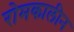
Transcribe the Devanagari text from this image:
रोमकालीन